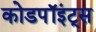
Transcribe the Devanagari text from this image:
कोडपॉइंट्स